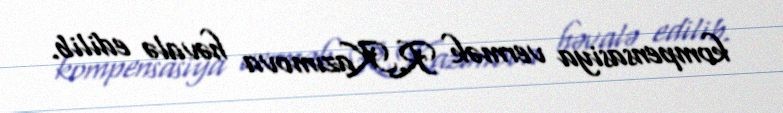
kompensasiya vermək R.Kazımova həvalə edilib.